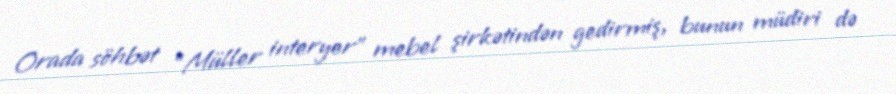
Orada söhbət “Müller interyer” mebel şirkətindən gedirmiş, bunun müdiri də